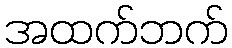
အထက်ဘက်